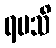
ရမသိ